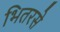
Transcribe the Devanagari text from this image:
भितरसे